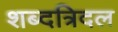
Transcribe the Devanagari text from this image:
शब्दत्रिदल